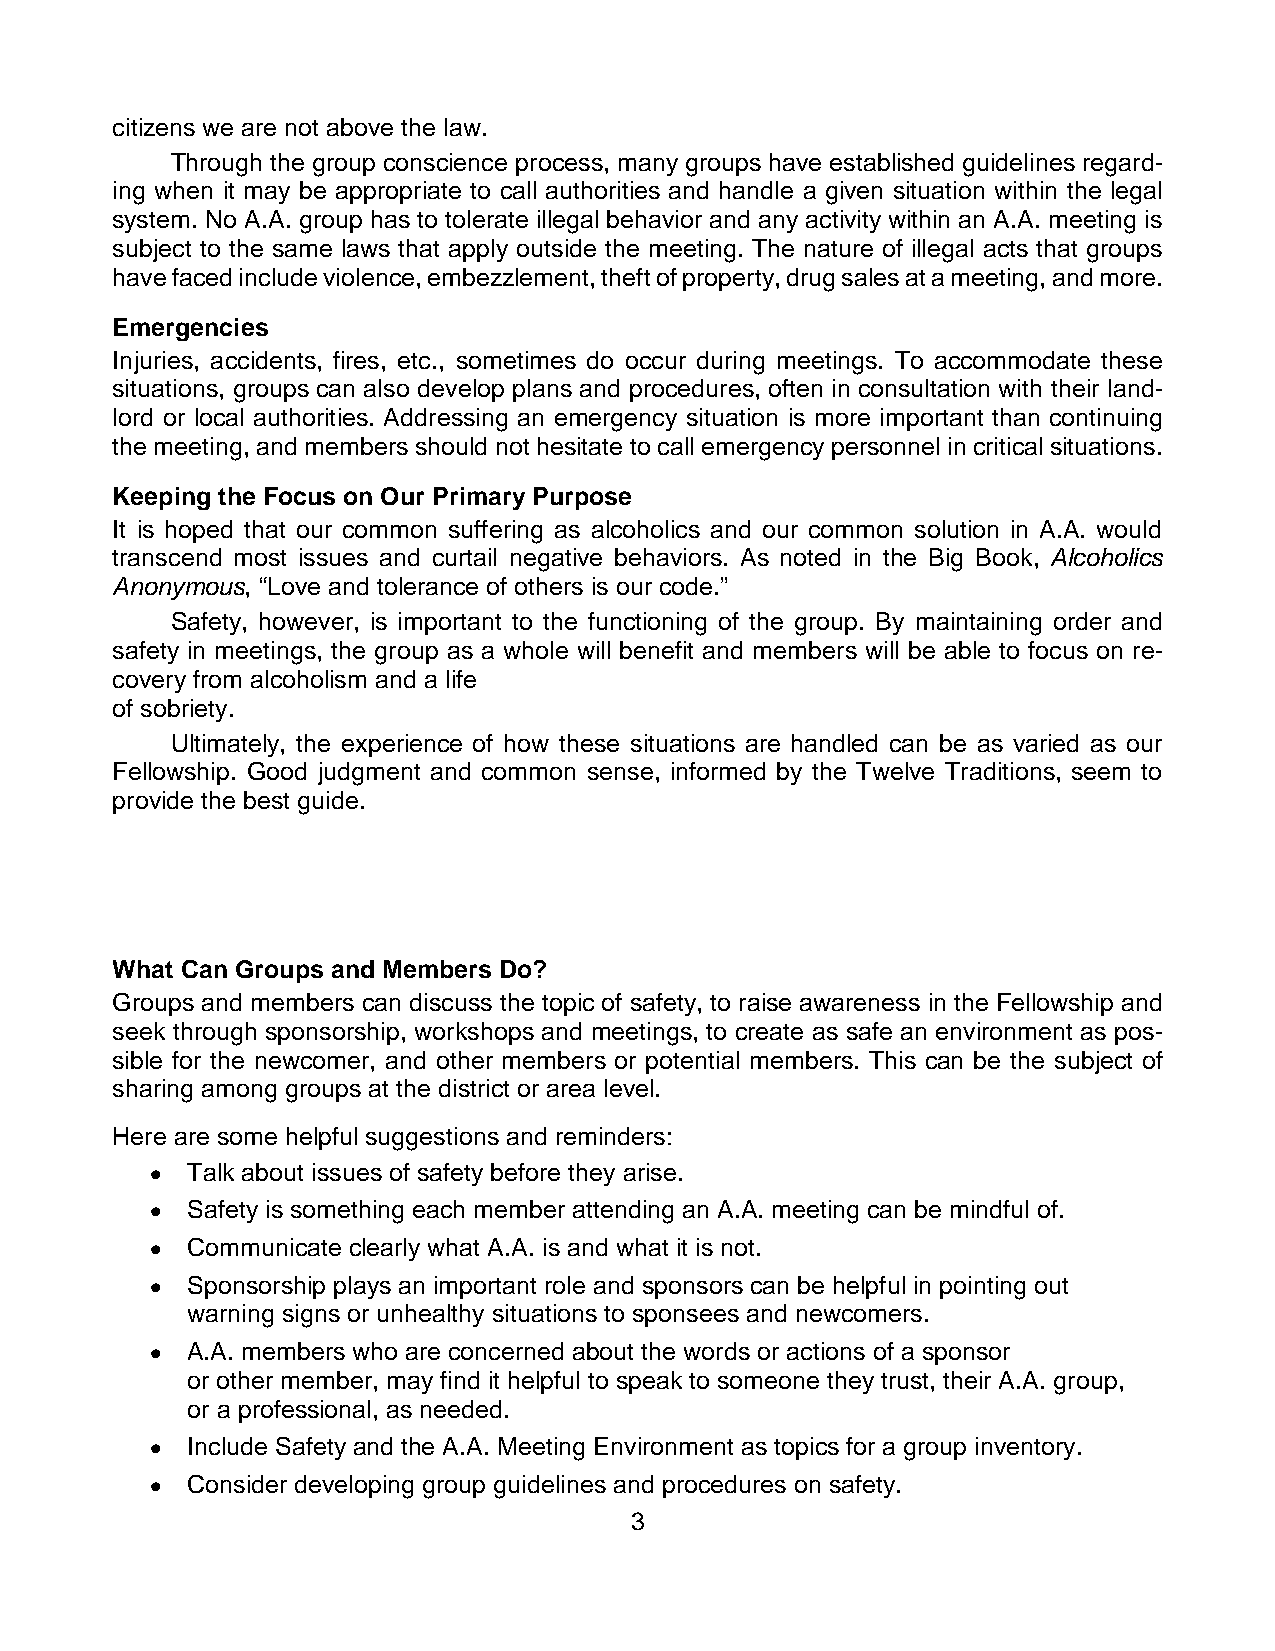
citizens we are not above the law.
 Through the group conscience process, many groups have established guidelines regard-
 ing when it may be appropriate to call authorities and handle a given situation within the legal
 system. No A.A. group has to tolerate illegal behavior and any activity within an A.A. meeting is
 subject to the same laws that apply outside the meeting. The nature of illegal acts that groups
 have faced include violence, embezzlement, theft of property, drug sales at a meeting, and more.
 Emergencies
 Injuries, accidents, fires, etc., sometimes do occur during meetings. To accommodate these
 situations, groups can also develop plans and procedures, often in consultation with their land-
 lord or local authorities. Addressing an emergency situation is more important than continuing
 the meeting, and members should not hesitate to call emergency personnel in critical situations.
 Keeping the Focus on Our Primary Purpose
 It is hoped that our common suffering as alcoholics and our common solution in A.A. would
 transcend most issues and curtail negative behaviors. As noted in the Big Book, Alcoholics
 Anonymous, “Love and tolerance of others is our code.”
 Safety, however, is important to the functioning of the group. By maintaining order and
 safety in meetings, the group as a whole will benefit and members will be able to focus on re-
 covery from alcoholism and a life
 of sobriety.
 Ultimately, the experience of how these situations are handled can be as varied as our
 Fellowship. Good judgment and common sense, informed by the Twelve Traditions, seem to
 provide the best guide.
 What Can Groups and Members Do?
 Groups and members can discuss the topic of safety, to raise awareness in the Fellowship and
 seek through sponsorship, workshops and meetings, to create as safe an environment as pos-
 sible for the newcomer, and other members or potential members. This can be the subject of
 sharing among groups at the district or area level.
 Here are some helpful suggestions and reminders:
 • Talk about issues of safety before they arise.
 • Safety is something each member attending an A.A. meeting can be mindful of.
 • Communicate clearly what A.A. is and what it is not.
 • Sponsorship plays an important role and sponsors can be helpful in pointing out
 warning signs or unhealthy situations to sponsees and newcomers.
 • A.A. members who are concerned about the words or actions of a sponsor
 or other member, may find it helpful to speak to someone they trust, their A.A. group,
 or a professional, as needed.
 • Include Safety and the A.A. Meeting Environment as topics for a group inventory.
 • Consider developing group guidelines and procedures on safety.
 3